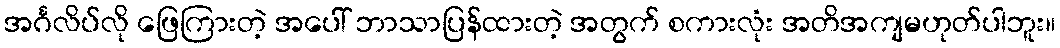
အင်္ဂလိပ်လို ဖြေကြားတဲ့ အပေါ် ဘာသာပြန်ထားတဲ့ အတွက် စကားလုံး အတိအကျမဟုတ်ပါဘူး။